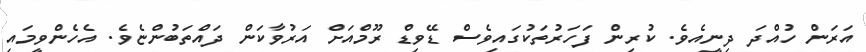
އަރަން ހުއްދަ ދިނީއެވެ. ކުރިން ފަހަރުތަކުގައިވެސް ޑޭވިޑް ރޫމްއަށް އަރުވާކަން ދައްތަބުންޏެވެ. އެހެންވީމައި